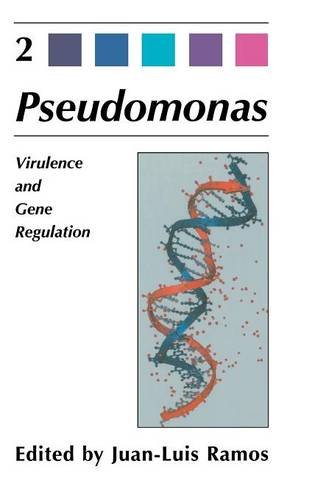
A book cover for Virulence and Gene Regulation (Pseudomonas); Medical Books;